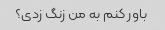
باور کنم به من زنگ زدی؟